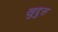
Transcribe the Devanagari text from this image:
खुद्दुस